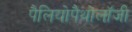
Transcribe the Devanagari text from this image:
पैलियोपैथोलॉजी